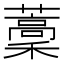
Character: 藳